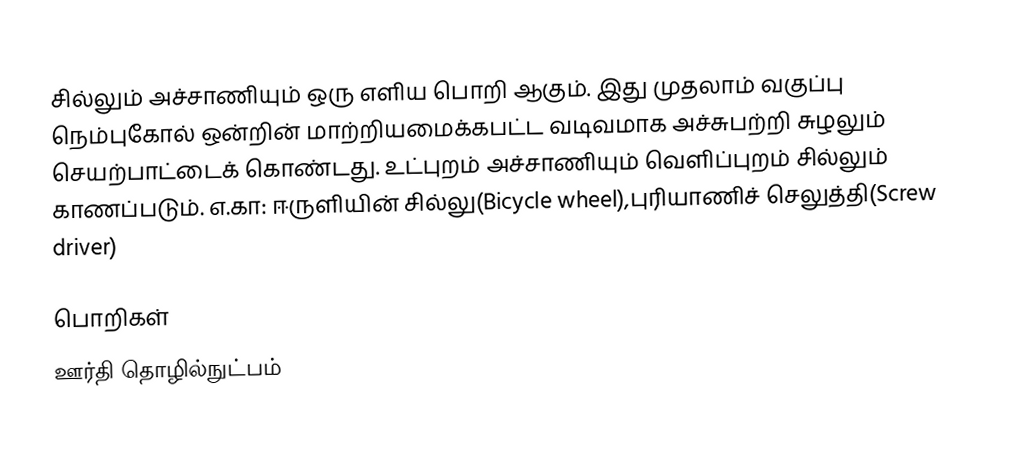
சில்லும் அச்சாணியும் ஒரு எளிய பொறி ஆகும். இது முதலாம் வகுப்பு நெம்புகோல் ஒன்றின் மாற்றியமைக்கபட்ட வடிவமாக அச்சுபற்றி சுழலும் செயற்பாட்டைக் கொண்டது. உட்புறம் அச்சாணியும் வெளிப்புறம் சில்லும் காணப்படும். எ.கா: ஈருளியின் சில்லு(Bicycle wheel),புரியாணிச் செலுத்தி(Screw driver)

பொறிகள்
ஊர்தி தொழில்நுட்பம்